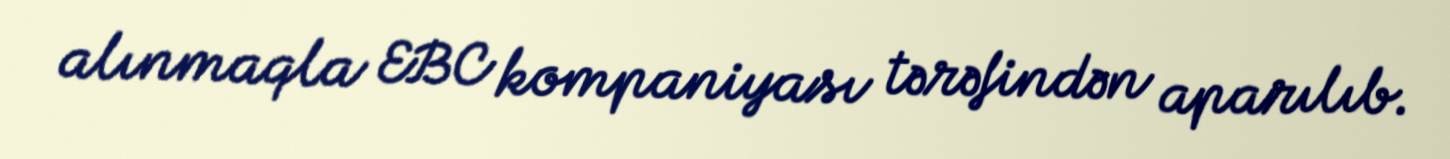
alınmaqla EBC kompaniyası tərəfindən aparılıb.